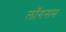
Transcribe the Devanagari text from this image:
लॉगसम